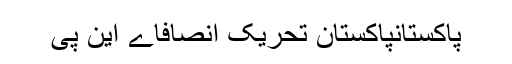
پاکستانپاکستان تحریک انصافاے این پی